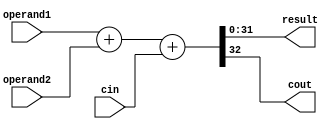
`timescale 1ns / 1ps
//*************************************************************************
// > adder.v
// > 
// > 
// > time2022-06-04
//*************************************************************************
module adder(
 input [31:0] operand1,
 input [31:0] operand2,
 input cin,
 output [31:0] result,
 output cout
 );
 assign {cout,result} = operand1 + operand2 + cin;
endmodule